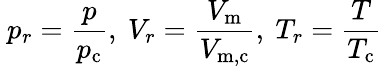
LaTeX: \ p_{r}={\frac{p}{p_{\mathrm{c}}}},\ V_{r}={\frac{V_{\mathrm{m}}}{V_{\mathrm{m,c}}}},\ T_{r}={\frac{T}{T_{\mathrm{c}}}}